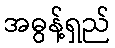
အဓွန့်ရှည်